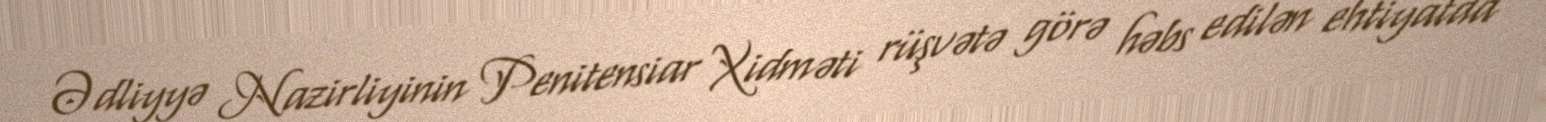
Ədliyyə Nazirliyinin Penitensiar Xidməti rüşvətə görə həbs edilən ehtiyatda